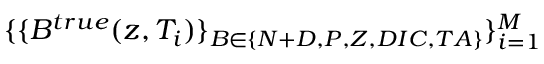
\{ \{ B ^ { t r u e } ( z , T _ { i } ) \} _ { B \in \{ N + D , P , Z , D I C , T A \} } \} _ { i = 1 } ^ { M }